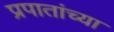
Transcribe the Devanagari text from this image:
प्रपातांच्या